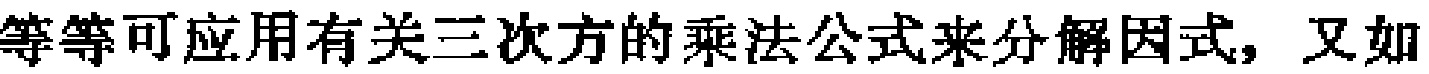
等等可应用有关三次方的乘法公式来分解因式, 又如